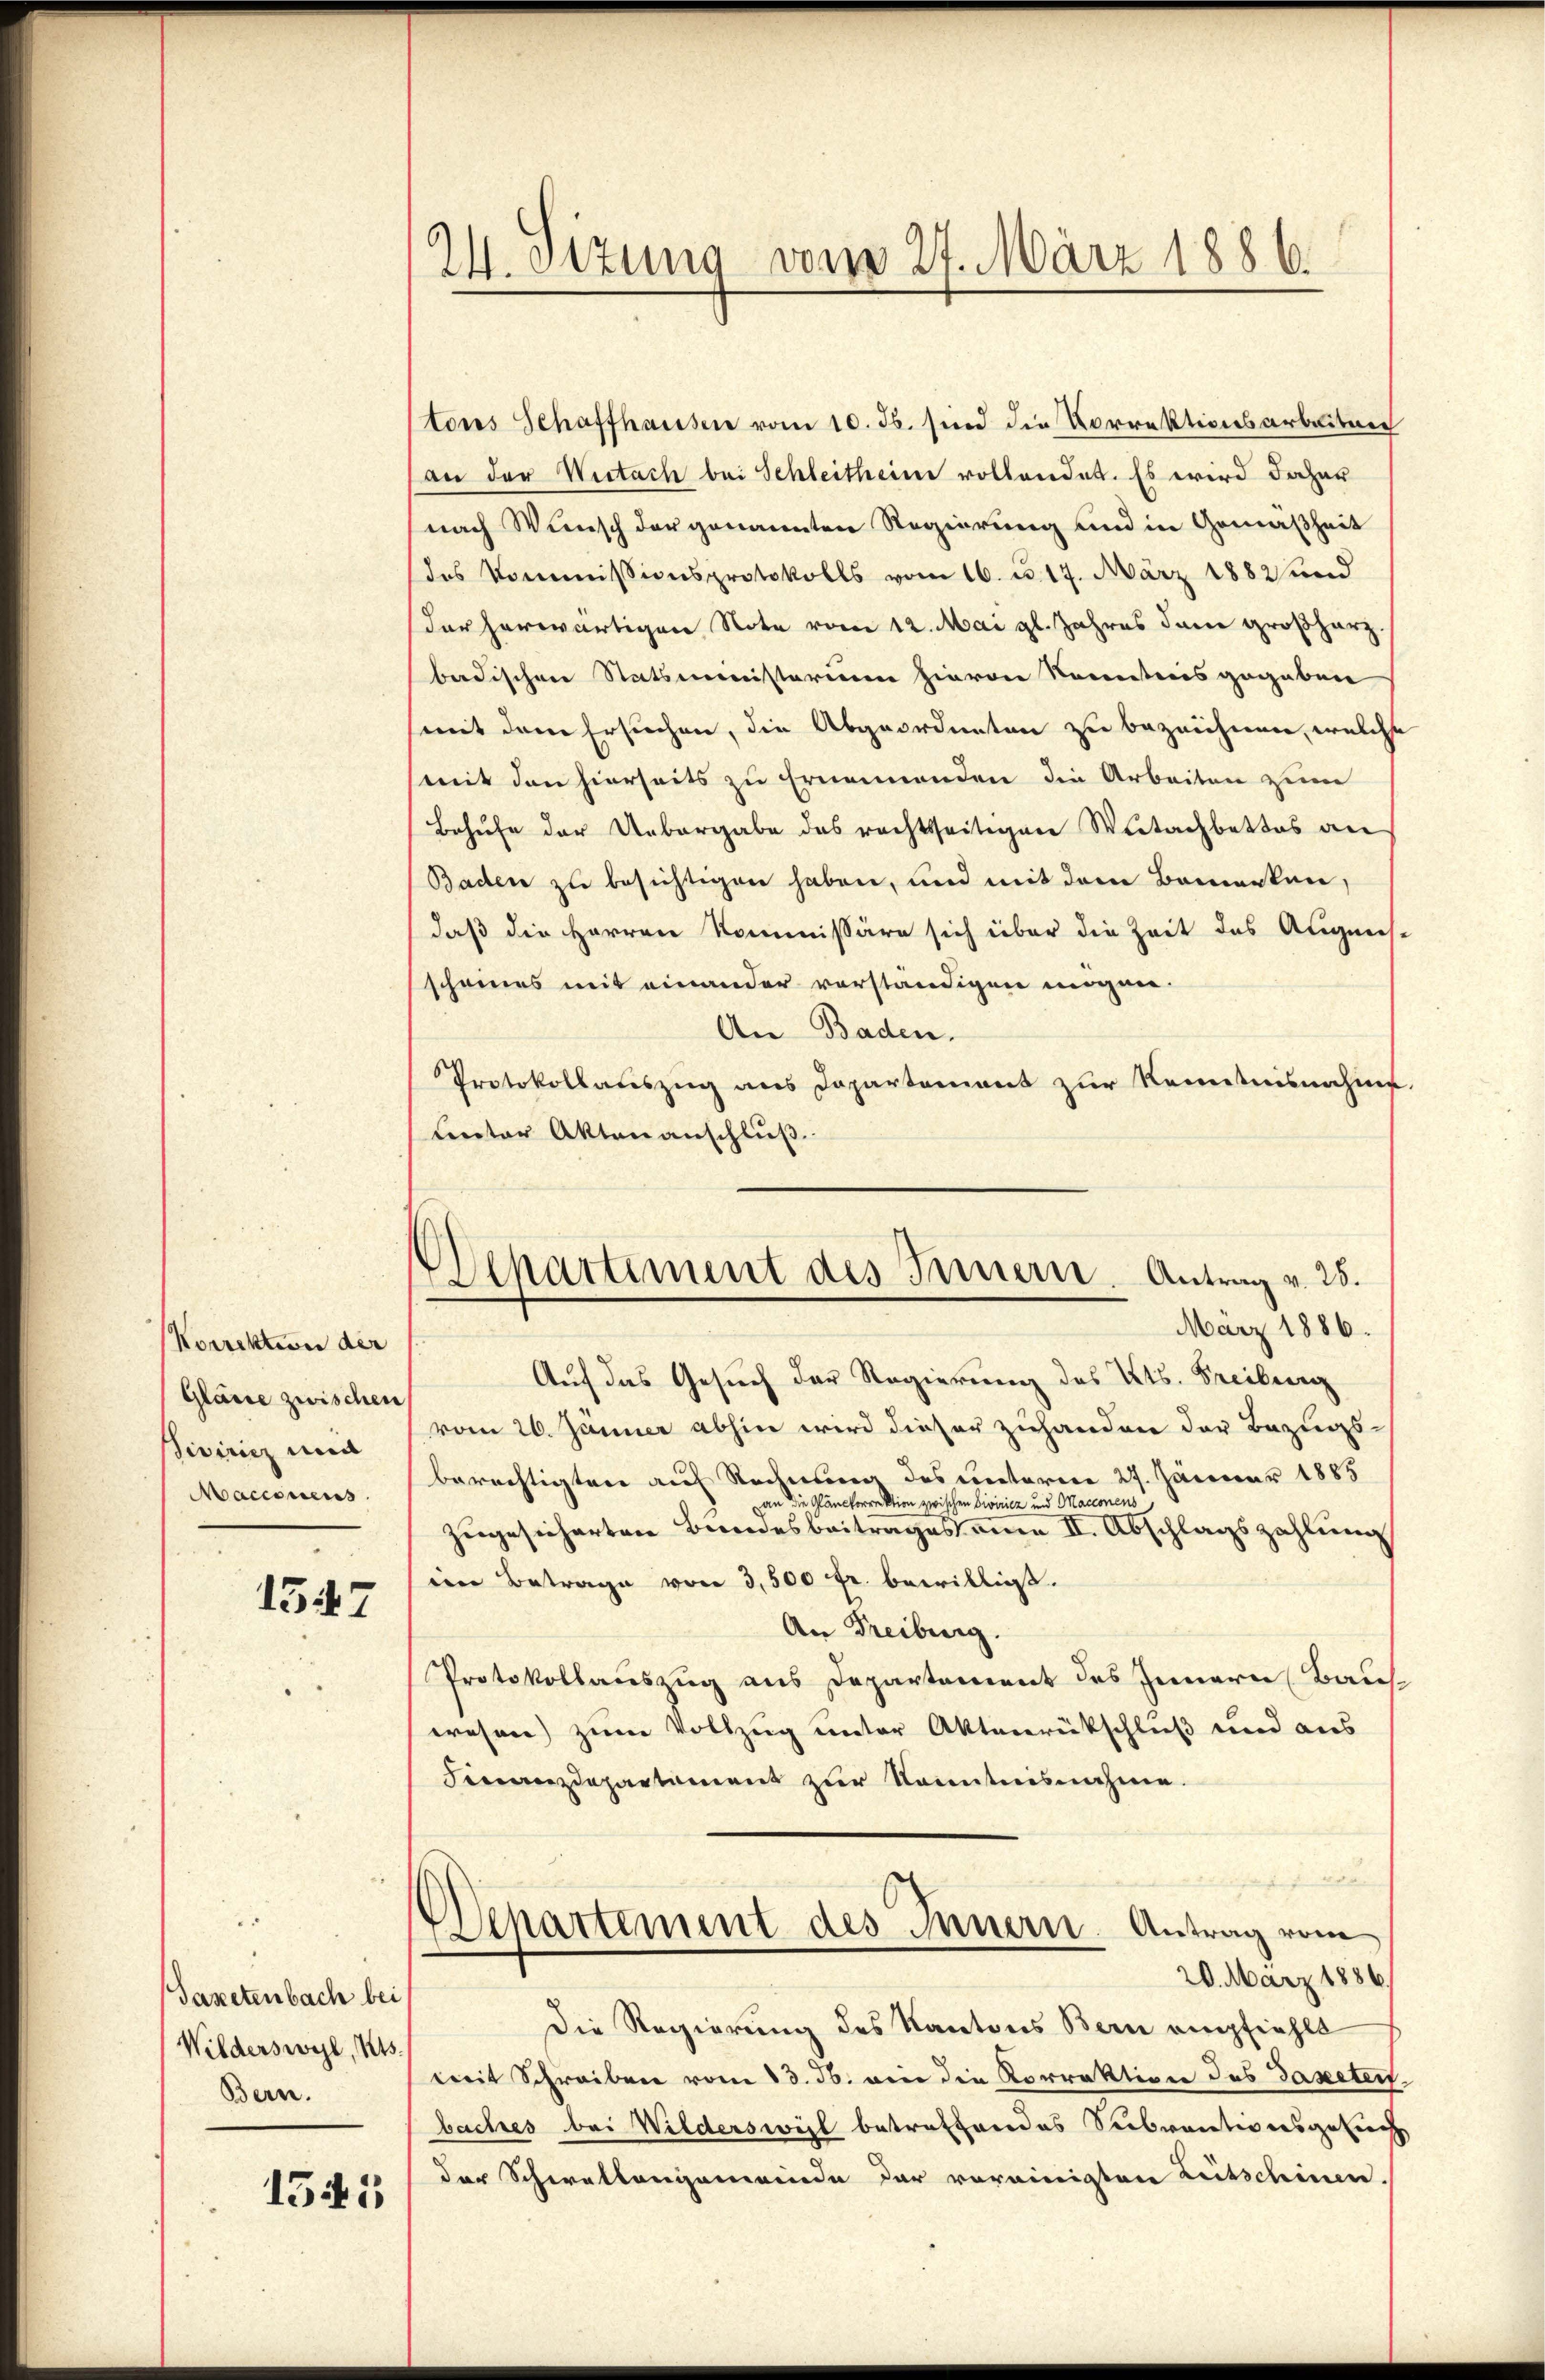
Korrektion der
Gläne zwischen
siviricz und
Macionens

1547

Tanetenbach bei
Wilderswyl, Kts.
Bern.

1541

24. Sizung vom 27. März 1886.

tores Schaffhausen vom 10. ds. sind die Korrektionsarbeitung
an der Wietach bei Schleitheine vollendet. Es wird daher
nach Wunsch der genannten Regierung und in Gemäßheit
des Kommissionsprotokolls vom 16. d. 17. März 1882 und
der herwärtigen Note vom 12. Mai gl. Jahres dem Großherz
badischen Statsministerium hievon konntens gegeben
mit dem Ersuchen, die Abgeordneten zu bezeichnen, welche
mit den hierseits zu Ernennenden die Arbeiten zum
Behufe der Uebergabe des rechtsseitigen Weitachbettes an
Baden zu besichtigen haben, und mit dem Bemerken,
daß die Herren Kommissäre sich über die Zeit des Augens-
scheines mit einander vorständigen mögen.
An Baden.
Protokollauszug aus Departement zur Kenntnisnahme.
Lnter Aktenanschluß.
Auf das Gesuch der Regierung des Kts. Freiburg
vom 26. Jänner abhin wird dieser zuhanden der Bezugs-
berechtigten auf Rechnung des unterm 27. Jänner 1885
Die Plänckorrektion zwischen Diviricz und Macionens
zugesicherten Bundesbeitrages anen II. Abschlagszahlung
in Betrage von 3,500 fr. bewilligt.
An Freiburg.
Protokollauszug aus Departement des Innern Baus
wesen) zum Vollzug unter Aktenrückschluß und aus
Finanzdepartement zur Kenntnisnahme.
aff
Departement des Innern. Antrag vom
20. März 1886/
Die Regierung des Kantons Bern empfiehlt
mit Schreiben vom 13. ds. in die Korrektion des Tapetent
bachtes bei Wildersweil betreffendes Subventionsgesuch
der Schwatlangemeinde der vereinigten Zeitschinen

Departement des Innern. Antrag v. 25.
März 1886.